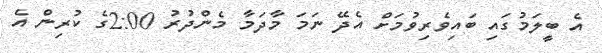
އެ ބީލަމުގައި ބައިވެރިވުމަށް އެދޭ ނަމަ މާދަމާ މެންދުރު 2:00ގެ ކުރިން އެ